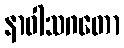
နာဝါသဂတော